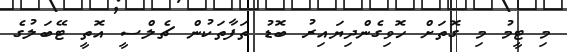
މި ޓީމު މި ގޮތަށް ހޮވިގެންދިޔައިރު ބޮޑު ތަފާތަކުން ޗެލްސީ އޮތީ ޓޭބަލުގެ